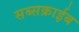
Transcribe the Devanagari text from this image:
सब्सक्राईब